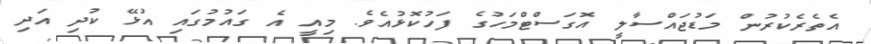
އެތެރެކުރުން މަޑުޖައްސާލީ އޮގަސްޓްމަހުގެ ފަހުކޮޅުއެވެ. މިއީ އެ ގައުމުގައި އުޅޭ ކުދި އަދި